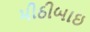
મીઠીબાઇ